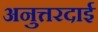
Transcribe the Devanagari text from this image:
अनुत्तरदाई